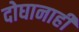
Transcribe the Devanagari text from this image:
दोघानाही